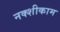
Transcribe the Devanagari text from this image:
नक्शीकाम